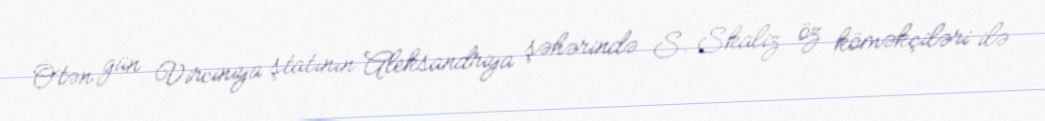
Ötən gün Virciniya ştatının Aleksandriya şəhərində S. Skaliz öz köməkçiləri ilə